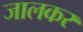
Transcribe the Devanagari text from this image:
जालकर